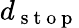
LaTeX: d_{\mathrm{~s~t~o~p~}}